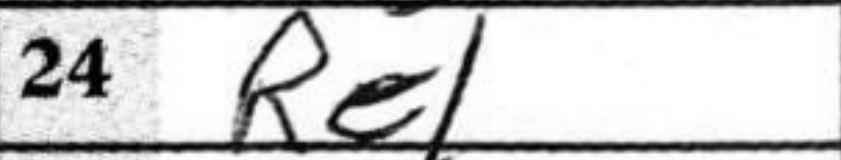
Transcription: Re1